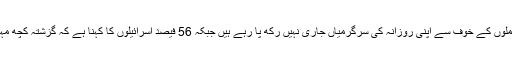
اس اعداد و شمار میں 56 فیصد صیہونیوں نے کہا کہ وہ فلسطینوں کے حملوں کے خوف سے اپنی روزانہ کی سرگرمیاں جاری نہیں رکھ پا رہے ہيں جبکہ 56 فیصد اسرائیلوں کا کہنا ہے کہ گزشتہ کچھ مہینوں کے دوران ان کی داخلی سیکورٹی کی سطح بہت زیادہ کم ہوگئی ہے۔